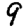
Digit: 9